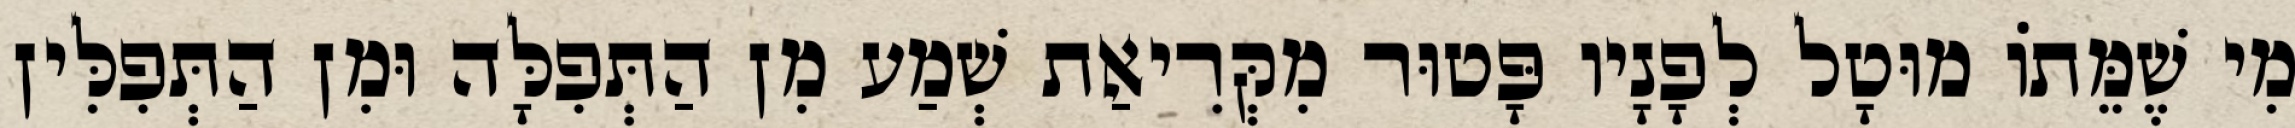
מִי שֶׁמֵּתוֹ מוּטָל לְפָנָיו פָּטוּר מִקְּרִיאַת שְׁמַע מִן הַתְּפִלָּה וּמִן הַתְּפִלִּין